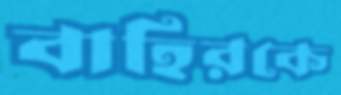
বাহিরকে